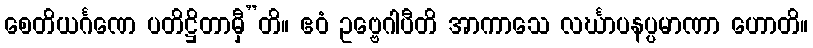
စေတိယင်္ဂဏေ ပတိဋ္ဌိတာမှီ”တိ။ ဧဝံ ဥဗ္ဗေဂါပီတိ အာကာသေ လင်္ဃာပနပ္ပမာဏာ ဟောတိ။